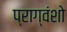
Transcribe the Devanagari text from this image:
प्राग्वंशो